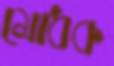
মোধক